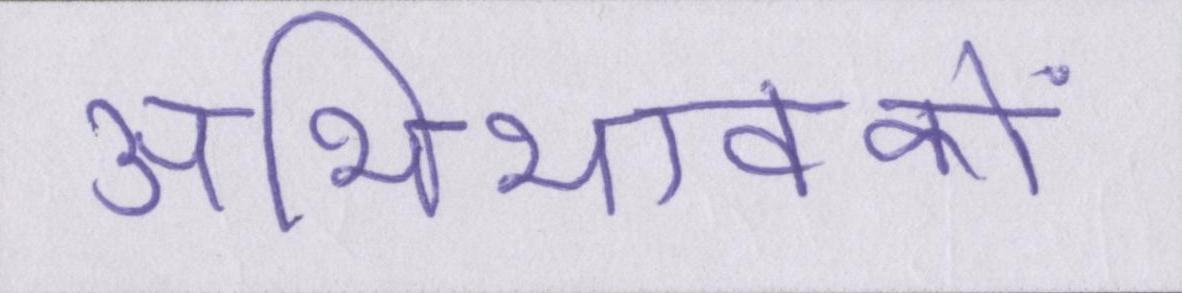
अभिभावकों